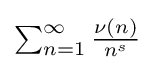
{\textstyle \sum _{n=1}^{\infty }{\frac {\nu (n)}{n^{s}}}}